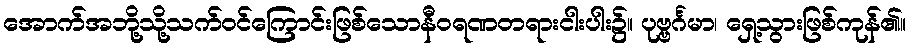
အောက်အဘို့သို့သက်ဝင်ကြောင်းဖြစ်သောနီဝရဏတရားငါးပါး၌။ ပုဗ္ဗင်္ဂမာ၊ ရှေ့သွားဖြစ်ကုန်၏။